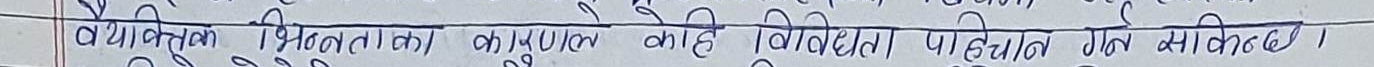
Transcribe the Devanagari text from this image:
व्यक्तिगत भिन्नताका कारणको विवधता पहिचान गर्न सकिन्छ।